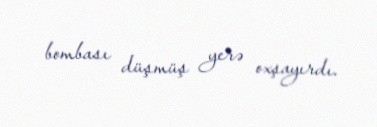
bombası düşmüş yerə oxşayırdı.